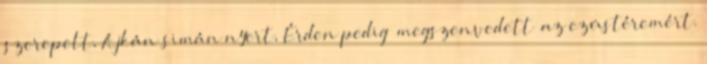
szerepelt, Ajkán simán nyert, Érden pedig „megszenvedett” az ezüstéremért.